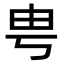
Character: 甹